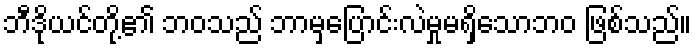
ဘီဒိုယင်တို့၏ ဘဝသည် ဘာမှပြောင်းလဲမှုမရှိသောဘဝ ဖြစ်သည်။